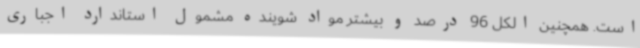
است. همچنین الکل 96 درصد و بیشتر مواد شوینده مشمول استاندارد اجباری